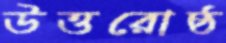
উত্তরোষ্ঠ